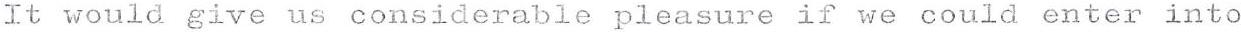
It would give us considerable pleasure if we could enter into